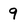
Character: 9